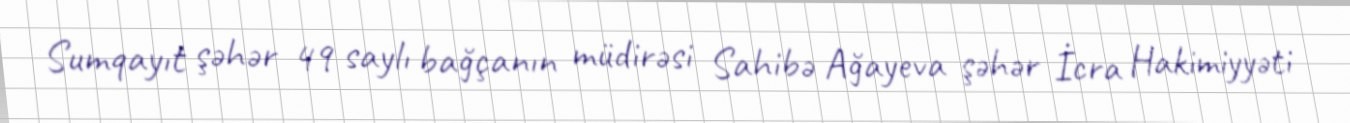
Sumqayıt şəhər 49 saylı bağçanın müdirəsi Sahibə Ağayeva şəhər İcra Hakimiyyəti